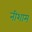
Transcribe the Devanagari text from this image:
नीशाम